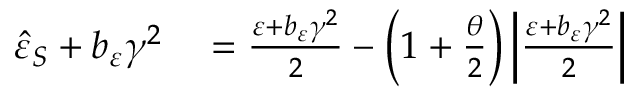
\begin{array} { r l } { \hat { \varepsilon } _ { S } + b _ { \varepsilon } \gamma ^ { 2 } } & { { } = \frac { \varepsilon + b _ { \varepsilon } \gamma ^ { 2 } } { 2 } - \left( 1 + \frac { \theta } { 2 } \right) \left\vert \frac { \varepsilon + b _ { \varepsilon } \gamma ^ { 2 } } { 2 } \right\vert } \end{array}